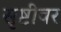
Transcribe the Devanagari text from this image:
सृष्टीवर